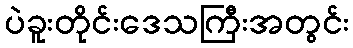
ပဲခူးတိုင်းဒေသကြီးအတွင်း